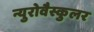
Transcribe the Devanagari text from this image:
न्युरोवैस्कुलर